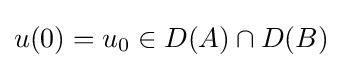
u(0)=u_{0}\in D(A)\cap D(B)